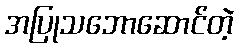
အပြုသဘောဆောင်တဲ့